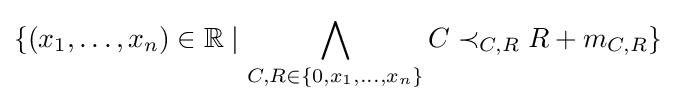
\{(x_{1},\dots ,x_{n})\in \mathbb {R} \mid \bigwedge _{C,R\in \{0,x_{1},\dots ,x_{n}\}}C\prec _{C,R}R+m_{C,R}\}